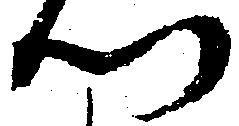
つ